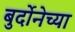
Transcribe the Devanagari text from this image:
बुर्दोनेच्या